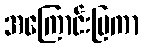
အကြောင်းပြကာ